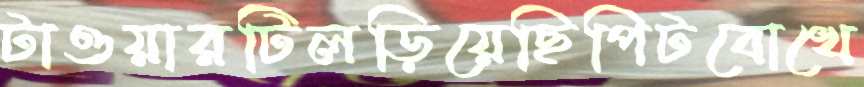
টাওয়ারটিলড়িয়েছিপিটবোখে